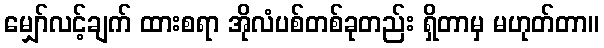
မျှော်လင့်ချက် ထားစရာ အိုလံပစ်တစ်ခုတည်း ရှိတာမှ မဟုတ်တာ။